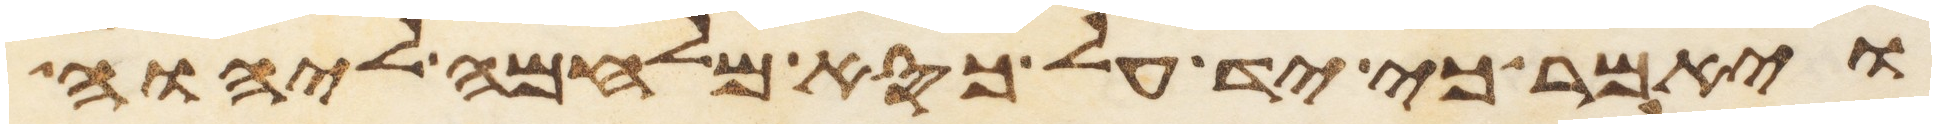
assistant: ויאמר כי יד על כסא מלחמה ליהוה